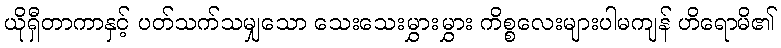
ယိုရှီတာကာနှင့် ပတ်သက်သမျှသော သေးသေးမွှားမွှား ကိစ္စလေးများပါမကျန် ဟိရောမိ၏